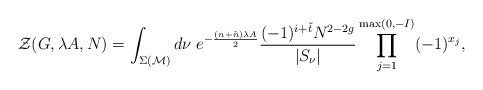
\begin{align*}{\cal Z} (G,\lambda A, N) =\int_{\Sigma ({\cal M} )} d \nu\; e^{- \frac{(n + \tilde{n}) \lambda A}{2} }\frac{(-1)^{i + \tilde{t}} N^{2 -2 g}}{ |S_\nu |}\prod_{j=1 }^{\max (0, - I)}(-1)^{x_j},\end{align*}